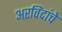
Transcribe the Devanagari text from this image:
अरविंदांचे